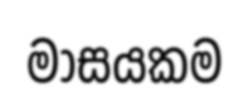
මාසයකම